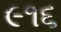
૯૧૬